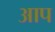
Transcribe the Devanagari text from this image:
अाप